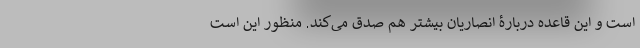
است و این قاعده دربارۀ انصاریان بیشتر هم صدق می‌کند. منظور این است